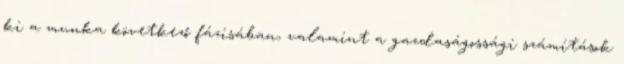
ki a munka következő fázisában, valamint a gazdaságossági számítások